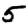
Digit: 5